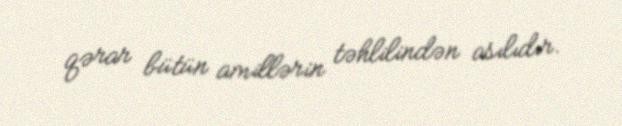
qərar bütün amillərin təhlilindən asılıdır.